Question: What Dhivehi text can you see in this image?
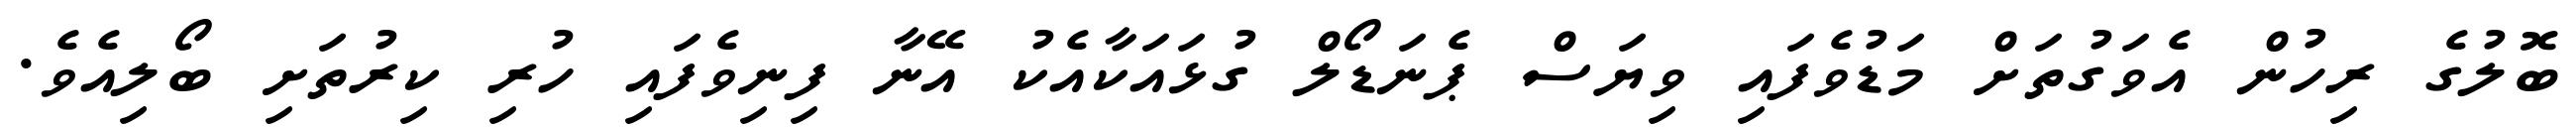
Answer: ބޮލުގެ ރިހުން އެވަގުތަށް މަޑުވެފައި ވިޔަސް ޕެނަޑޯލް ގުޅައަކާއެކު އޭނާ ފިނިވެފައި ހުރި ކިރުތަށި ބޯލިއެވެ.